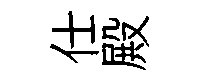
仕殿